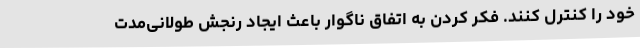
خود را کنترل کنند. فکر کردن به اتفاق ناگوار باعث ایجاد رنجش طولانی‌مدت